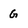
Character: G